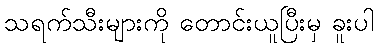
သရက်သီးများကို တောင်းယူပြီးမှ ခူးပါ